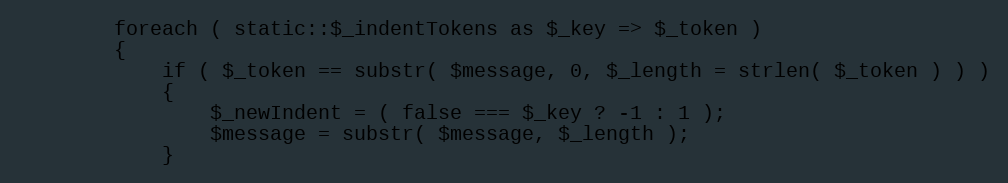
Language: PHP
        foreach ( static::$_indentTokens as $_key => $_token )
        {
            if ( $_token == substr( $message, 0, $_length = strlen( $_token ) ) )
            {
                $_newIndent = ( false === $_key ? -1 : 1 );
                $message = substr( $message, $_length );
            }